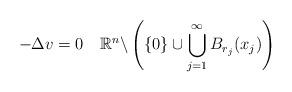
LaTeX: \begin{align*} -\Delta v=0 \quad\mathbb{R}^n \backslash \left(\{0\}\cup\bigcup^{\infty}_{j=1} B_{r_j} (x_j)\right) \end{align*}